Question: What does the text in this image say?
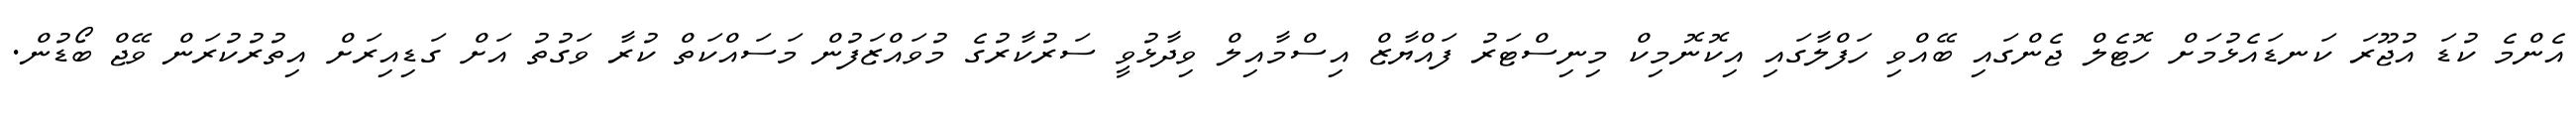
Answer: އެންމެ ކުޑަ އުޖޫރަ ކަނޑައެޅުމަށް ހޮޓެލް ޖެންގައި ބޭއްވި ހަފްލާގައި އިކޮނޮމިކް މިނިސްޓަރު ފައްޔާޒް އިސްމާއިލް ވިދާޅުވީ ސަރުކާރުގެ މުވައްޒަފުން މަސައްކަތް ކުރާ ވަގުތު އަށް ގަޑިއިރަށް އިތުރުކުރަން ވޭޖް ބޯޑުން.